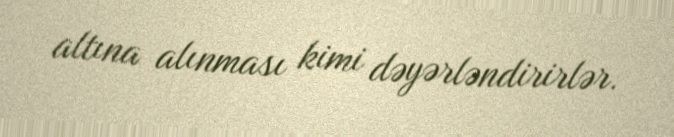
altına alınması kimi dəyərləndirirlər.